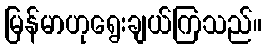
မြန်မာဟုရွေးချယ်ကြသည်။